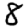
Digit: 8